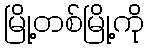
မြို့တစ်မြို့ကို